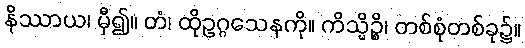
နိဿာယ၊ မှီ၍။ တံ၊ ထိုဥဂ္ဂသေနကို။ ကိသ္မိဉ္စိ၊ တစ်စုံတစ်ခု၌။